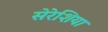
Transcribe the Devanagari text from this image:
सेरेशिया